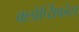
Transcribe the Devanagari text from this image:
क्लोर्प्य्रिफोस